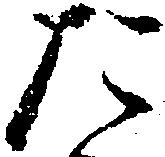
た